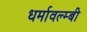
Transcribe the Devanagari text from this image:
धर्मावल्म्बी